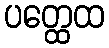
ပတ္ထေထ